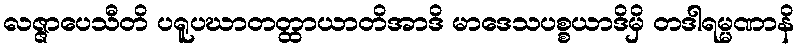
လဇ္ဇာပေသီတိ ပရူပဃာတတ္ထာယာတိအာဒိ မာဒေသပစ္စယာဒိမှိ တဒါရမ္မဏာနိ